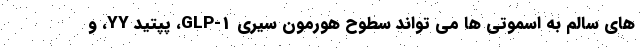
های سالم به اسموتی ها می تواند سطوح هورمون سیری GLP-1، پپتید YY، و